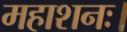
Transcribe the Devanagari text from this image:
महाशनः।